Triennial report on the lunatic asylums in the province of Eastern Bengal and Assam - 1903-1911
Year: 1903
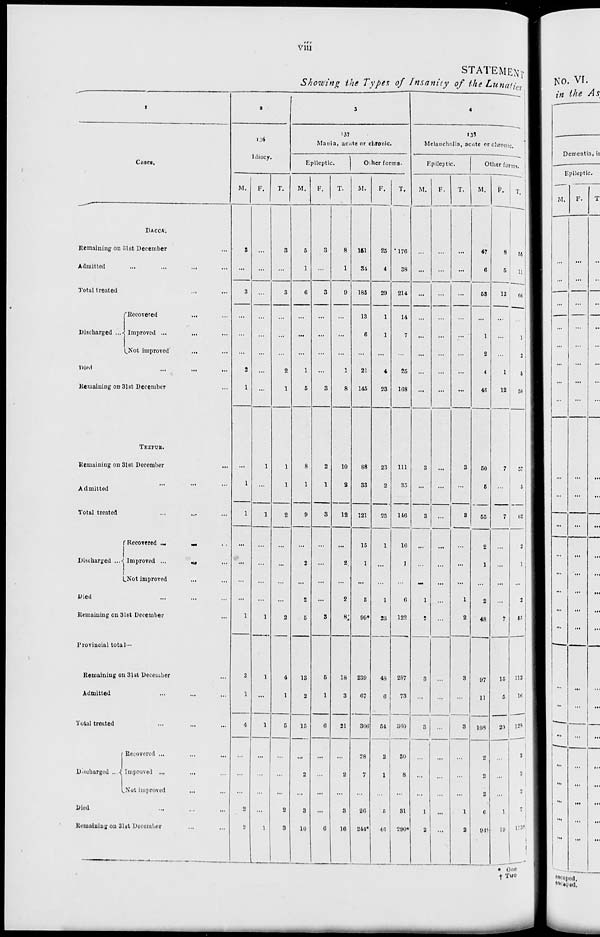
viii
STATEMENT
Showing the Types of Insanity of the Lunatics
1
Cases.
DACCA.
Remaining on 31st December ...
Admitted ... ... ... ...
Total treated ... ...
Discharged ...
Recovered ... ...
Improved ... ... ...
Not improved ... ...
Died ... ... ...
Remaining on 31st December ...
TEZPUR.
Remaining on 31st December ...
Admitted ... ... ...
Total treated ... ... ...
Discharged ...
Recovered ...
...
...
Improved
...
...
...
Not improved ... ...
Died ... ... ...
Remaining on 31st December ...
Provincial total —
Remaining on 31st December ...
Admitted ... ... ...
Total treated ... ... ...
Discharged ...
Recovered ... ... ...
Improved ... ... ...
Not improved ... ...
Died ... ... ...
Remaining on 31st December ... ...
2
136
Idiocy.
M.
3
...
3
...
...
...
2
1
...
1
1
...
...
...
...
1
3
1
4
...
...
...
2
2
F.
...
...
...
...
...
...
...
...
1
...
1
...
...
...
...
1
1
...
1
...
...
...
...
1
T.
3
...
3
...
...
...
2
1
1
1
2
...
...
...
...
2
4
1
5
...
...
...
2
3
3
137
Mania, acute or chronic.
Epileptic.
M.
6
1
6
...
...
...
1
5
8
1
9
...
2
...
2
5
13
2
15
...
2
...
3
10
F.
3
...
3
...
...
...
...
3
2
1
3
...
...
...
...
3
5
1
6
...
...
...
...
6
T.
8
1
9
...
...
...
1
8
10
2
12
...
2
...
2
8
18
3
21
...
2
...
3
16
Other forms.
M.
151
34
185
13
6
...
21
145
88
33
121
15
1
...
5
99*
239
67
306
28
7
...
26
244*
F.
25
4
29
1
1
...
4
23
23
2
25
1
...
...
1
23
48
6
54
2
1
...
5
46
T.
176
38
214
14
7
25
168
111
35
146
16
1
...
6
122
287
73
360
30
8
...
31
290
4
138
Melancholia, acute or chronic.
Epileptic.
M.
...
...
...
...
...
...
...
...
3
...
3
...
...
...
1
2
3
...
3
...
...
...
1
2
F.
...
...
...
...
...
...
...
...
...
...
...
...
...
...
...
...
...
...
...
...
...
...
...
...
T.
...
...
...
...
...
...
...
...
3
...
3
...
...
...
1
2
3
...
3
...
...
1
2
Other forms.
M.
47
6
53
...
1
2
4
46
50
5
55
2
1
...
2
48
97
11
108
2
2
2
6
94†
F.
8
5
13
...
...
...
1
12
7
...
7
...
...
...
...
7
15
5
20
...
...
...
1
19
T.
55
11
66
...
1
2
5
58
57
5
62
2
1
...
2
55
112
16
128
2
2
2
7
113
* One
† Two